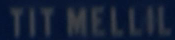
TIT MELLIL